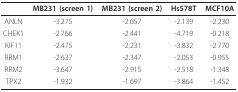
<table><thead><tr><td></td><td><b>MB231 (screen 1)</b></td><td><b>MB231 (screen 2)</b></td><td><b>Hs578T</b></td><td><b>MCF10A</b></td></tr></thead><tbody><tr><td>ANLN</td><td>-3.275</td><td>-2.657</td><td>-2.139</td><td>-2.230</td></tr><tr><td>CHEK1</td><td>-2.766</td><td>-2.441</td><td>-4.719</td><td>-0.218</td></tr><tr><td>KIF11</td><td>-2.475</td><td>-2.231</td><td>-3.832</td><td>-2.770</td></tr><tr><td>RRM1</td><td>-2.637</td><td>-2.347</td><td>-2.053</td><td>-0.955</td></tr><tr><td>RRM2</td><td>-3.647</td><td>-2.915</td><td>-2.518</td><td>-1.348</td></tr><tr><td>TPX2</td><td>-1.932</td><td>-1.697</td><td>-3.864</td><td>-1.452</td></tr></tbody></table>